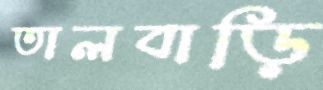
তালবাড়ি